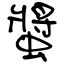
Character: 螿